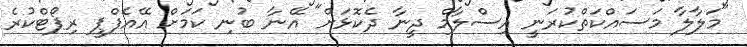
"މަލާލާ މަސައްކަތްކުރަނީ އިސްލާމް ދީނާ ދެކޮޅަށް" އޭނާ ބުނި ކަމަށް އޭއެފްޕީ ރިޕޯޓްކުރެ